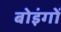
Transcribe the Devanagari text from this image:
बोइंगों